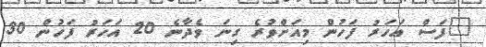
"ފަސް އަހަރު ފަހުން މިއަށްވުރެ ގިނަ ވެދާނެ 20 އަހަރު ފަހުން 30